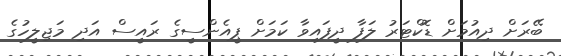
ބޭރަށް ދިއުމަށް ޑޮކްޓަރު ލަފާ ދީފައިވާ ކަމަށް ޕީއެންސީގެ ރައީސް އަދި މަޖިލީހުގެ